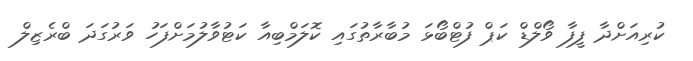
ކުރިއަށްދާ ފީފާ ވޯލްޑް ކަޕް ފުޓްބޯޅަ މުބާރާތުގައި ކޮލަމްބިއާ ކަޓުވާލުމަށްފަހު ވަރުގަދަ ބްރެޒިލް